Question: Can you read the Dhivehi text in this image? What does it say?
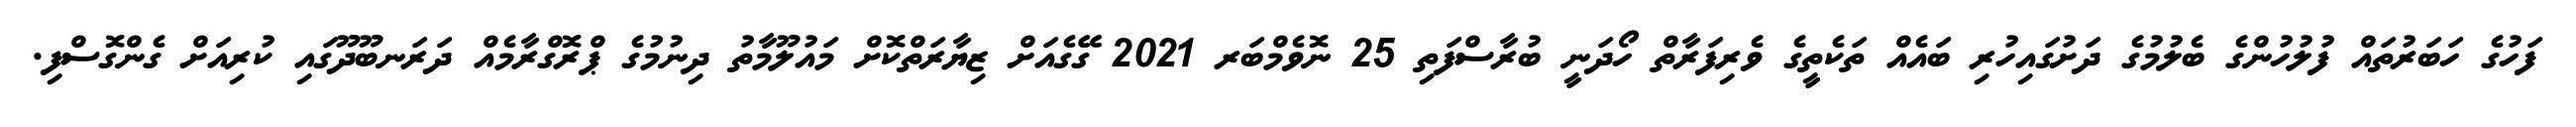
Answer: ފަހުގެ ހަބަރުތައް ފުލުހުންގެ ބެލުމުގެ ދަށުގައިހުރި ބައެއް ތަކެތީގެ ވެރިފަރާތް ހޯދަނީ ބުރާސްފަތި 25 ނޮވެމްބަރ 2021 ގޭގެއަށް ޒިޔާރަތްކޮށް މައުލޫމާތު ދިނުމުގެ ޕްރޮގްރާމެއް ދަރަނބޫދޫގައި ކުރިއަށް ގެންގޮސްފި.